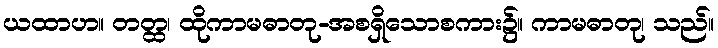
ယထာဟ။ တတ္ထ၊ ထိုကာမဓာတု-အစရှိသောစကား၌။ ကာမဓာတု၊ သည်။